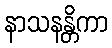
နာသနန္တိကာ